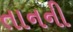
તાનની